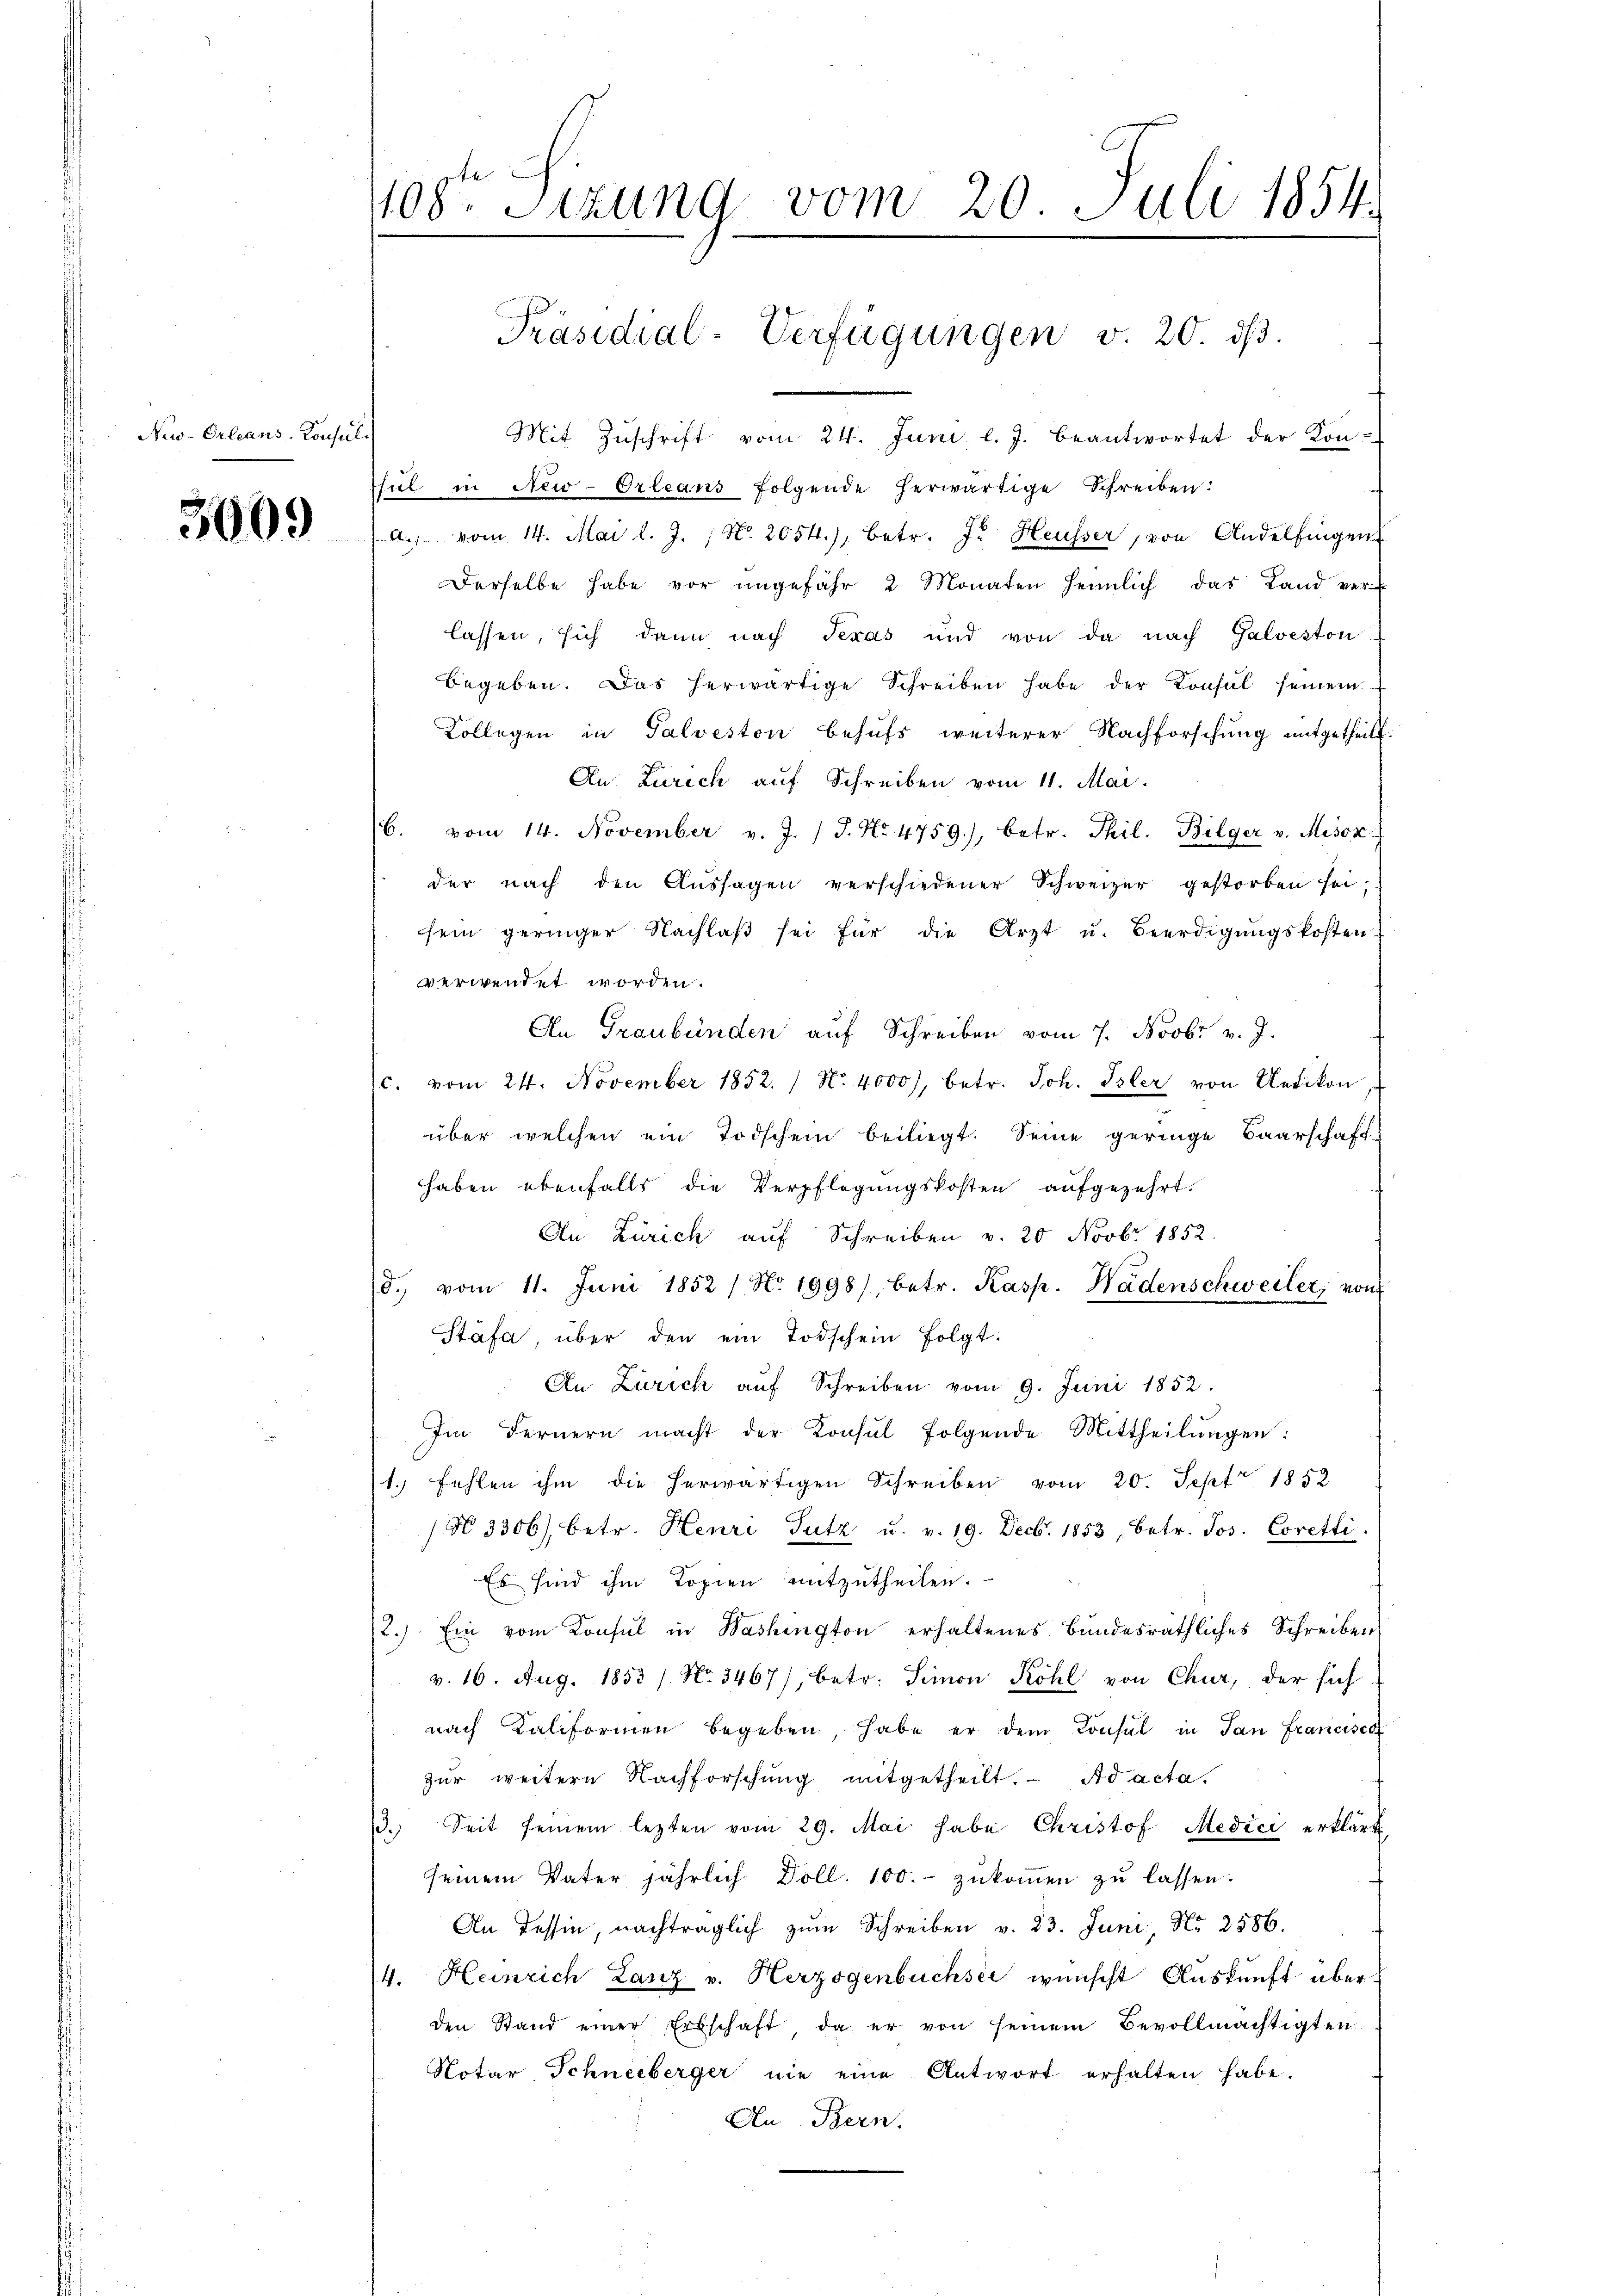
New-Orleans-Consul

3009

108te Sitzung vom 20. Juli 1854.

Mit Zŭschrift vom 24. Juni l. J. beantwortet der Kon-
Thul in New-Orleans folgende herwärtige Schreiben:
a. vom 14. Mai l. J. No. 2054), betr. Fr. Heusser, von Andelfingen
Derselbe habe vor ungefähr 2 Monaten heimlich das Land ver-
lassen, sich dann nach Texas und von da nach Galveston
begeben. Das herwärtige Schreiben habe der Konsul seinem
Kollegen in Talveston behufs weiterer Nachforschung mitgetheilt.
Au. Zürich auf Schreiben vom 11. Mai.
b. vom 14. November v. J. J. No 4759), betr. Thil. Bilger v. Misox
der nach den Aŭssagen verschiedener Schweizer gestorben sei;
sein geringer Nachlaβ sei für die Arzt u. Beerdigŭngskosten-
verwendet worden.
An Graubünden auf Schreiben vom 7. Novbr v. J.
c. vom 24. November 1852. No. 4000, betr. Joh. Isler von Uetikon,
über welchen ein Todschein beiliegt. Seine geringe Baarschaft
haben ebenfalls die Verpflegungskosten aufgezehrt.
An Zürich auf Schreiben v. 20 Novbr. 1852.
d. vom 11. Juni 1852 / No. 1998), betr. Kasp. Wädenschweiler, von
Stäfa über den ein Todschein folgt.
An Zürich aŭf Schreiben vom 9. Juni 1852.
Im Fernern macht der Konsul folgende Mittheilŭngen:
1. Fehlen ihm die herwärtigen Schreiben vom 20. Sept 1852
(No 3306), betr. Henri Tutz u. v. 19. Decb. 1853, betr. Jos. Coretti.
Es sind ihm Kopien mitzutheilen.
2.) Ein vom Konsul in Washington erhaltenes Bundesräthliches Schreiben
v. 16. Aug. 1853 / No. 3467), betr. Simon Röhl von Chur, der sich
nach Kaliformen begeben, habe er dem Consul in San Francisca
zur weitere Nachforschŭng mitgetheilt. Ad acta.
13. Seit seinem lezten vom 29. Mai habe Christof Medici erklärt
seinem Vater jährlich Doll. 100.- zŭkoṁen zŭ lassen.
An Tessin, nachträglich zŭm Schreiben v. 23. Juni Nr. 2586.
4. Heinrich Lanz v. Herzogenbuchsee wünscht Auskunft über
den Stand einer Erbschaft, da er von seinem Bevollmächtigten
Notar Schneeberger nie eine Antwort erhalten habe.
An Bern.

Präsidial-Verfügungen v. 20. dβ.